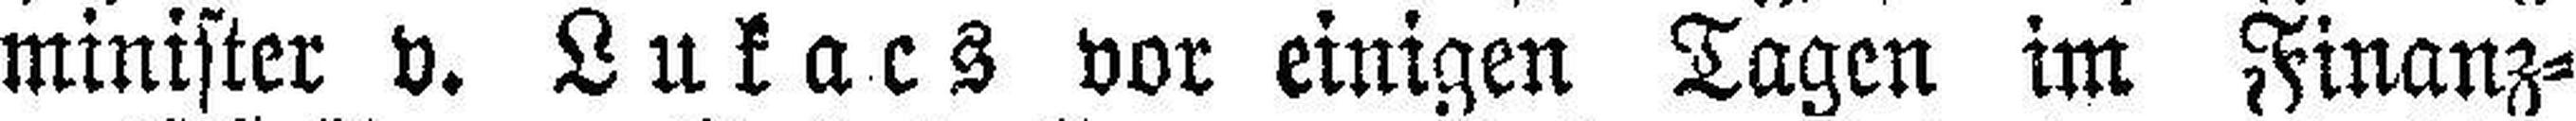
minister v. Lukacs vor einigen Tagen im Finanz¬